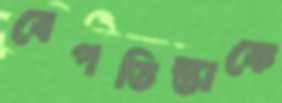
বেপতিস্তাকে